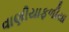
વાણીયાફળીયા